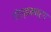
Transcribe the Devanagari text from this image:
गोल्डमबर्ग